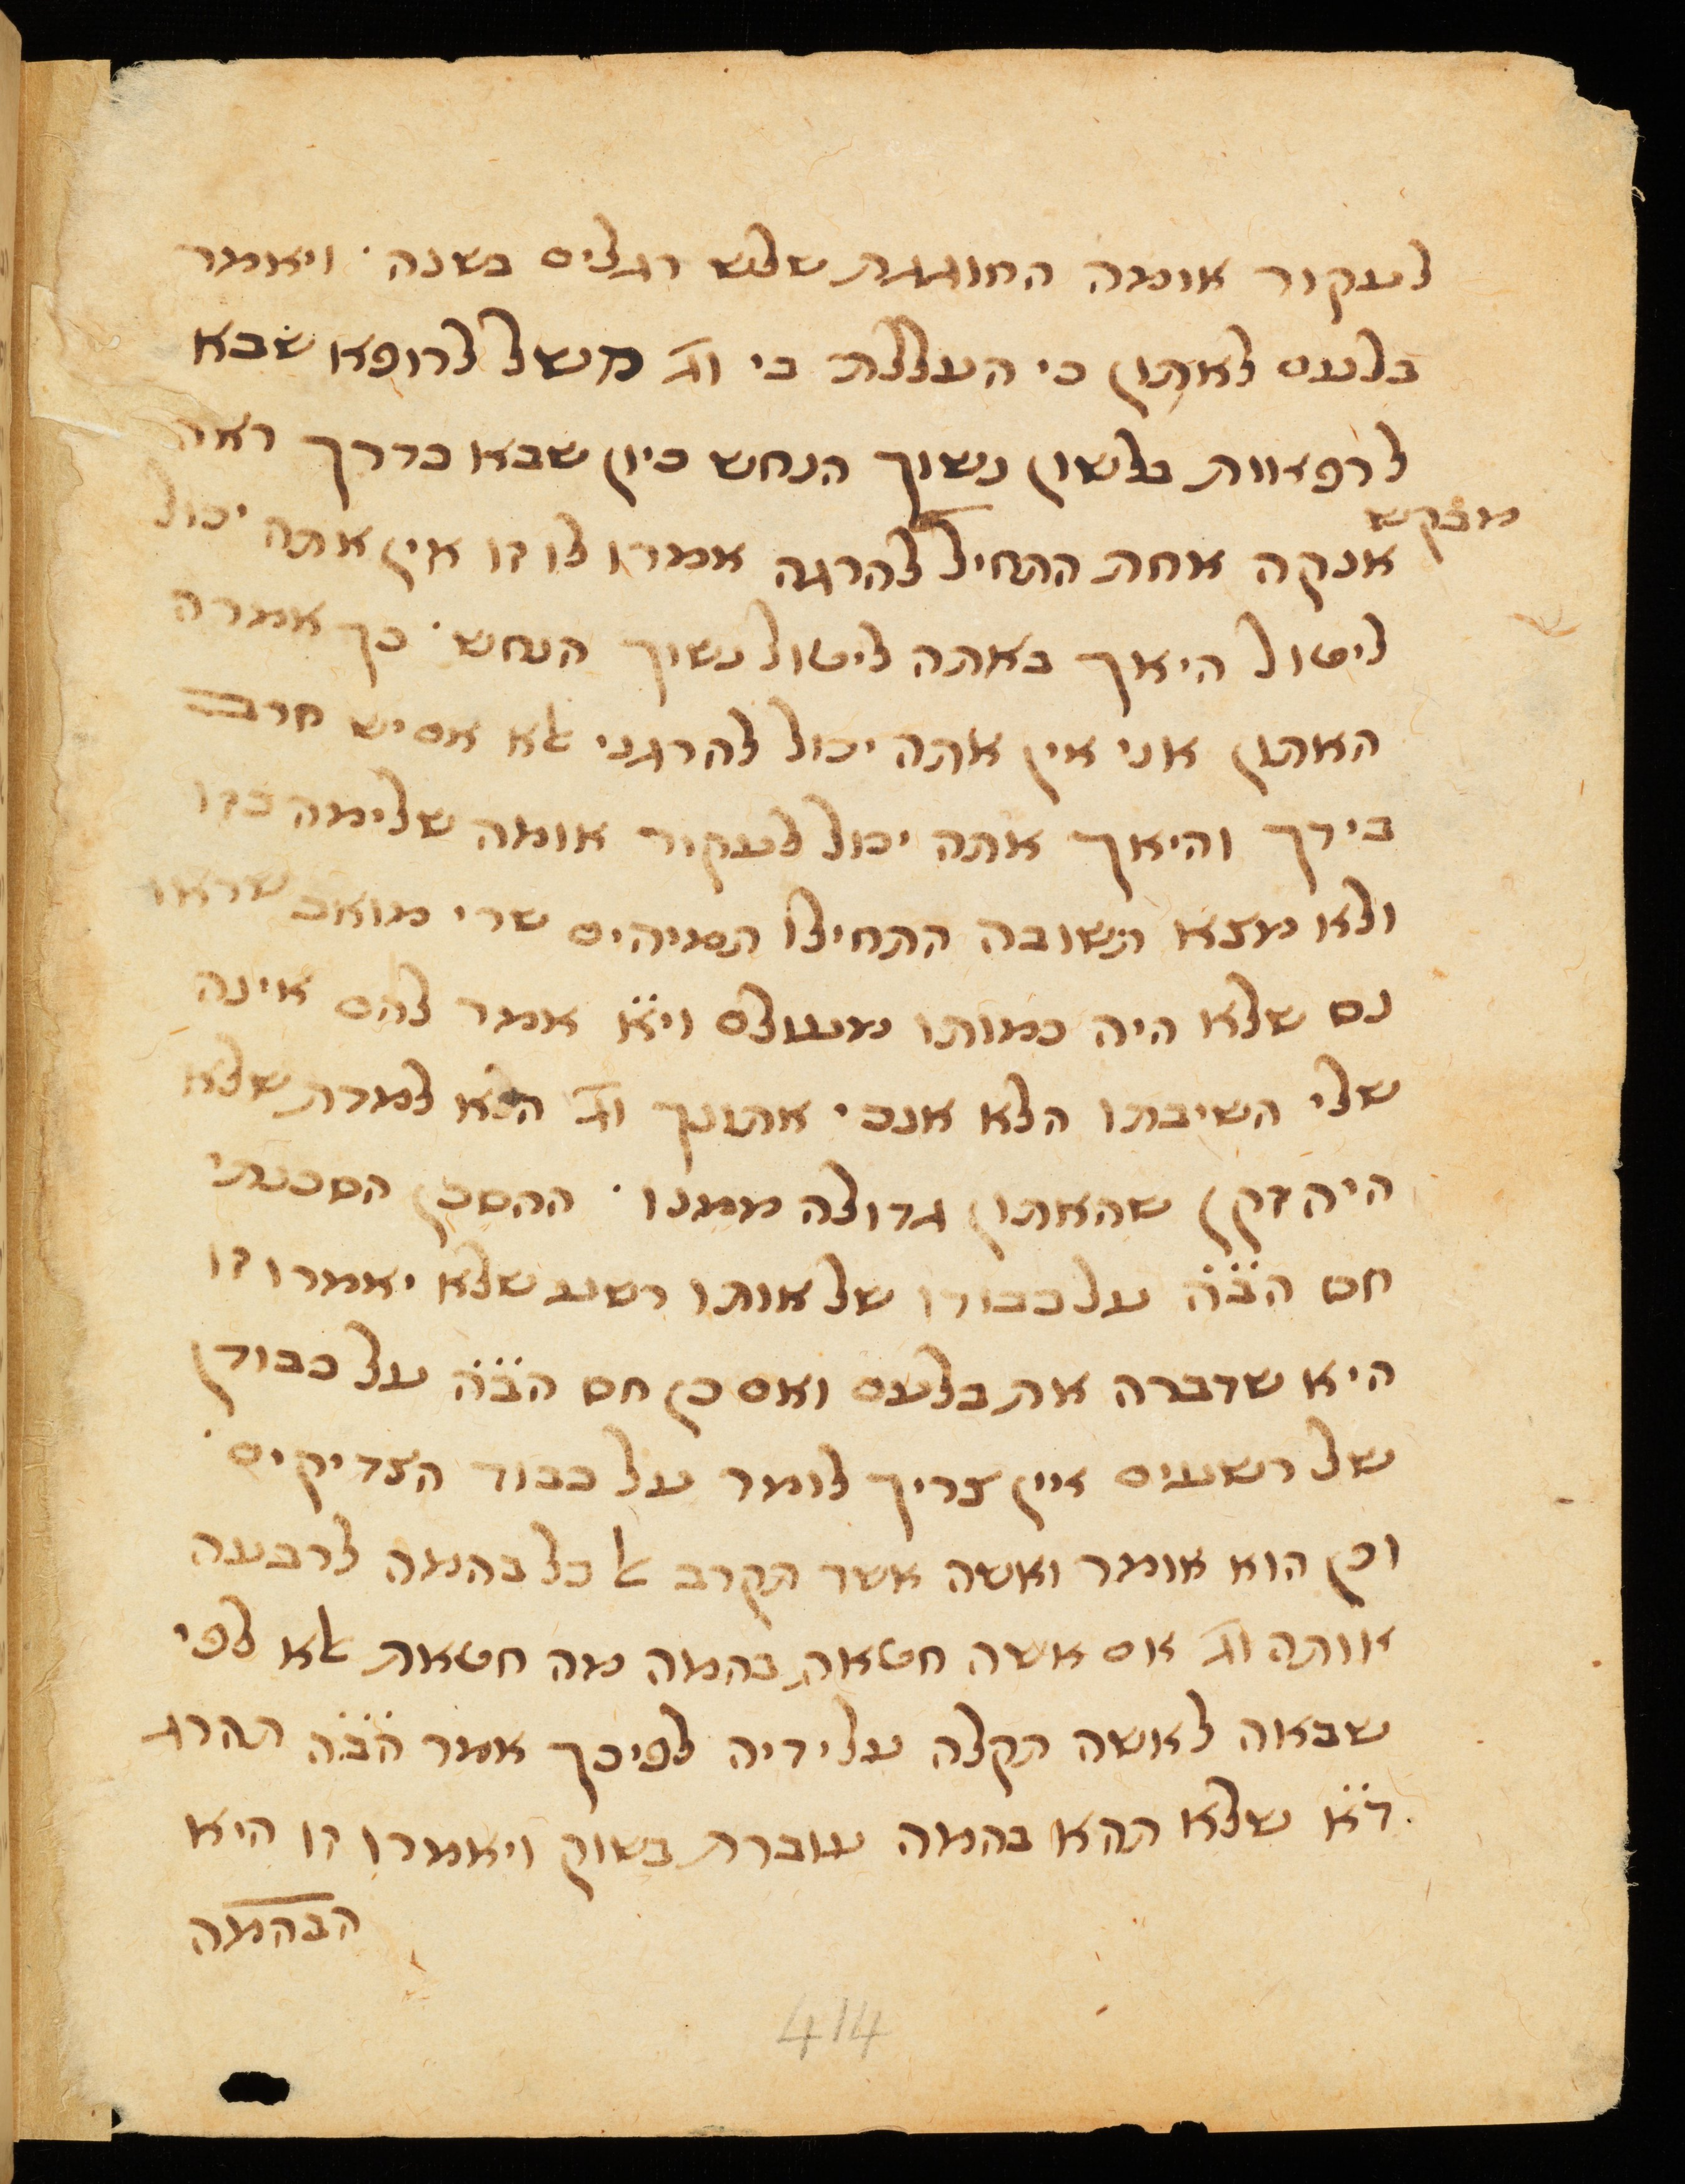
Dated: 1300–1399